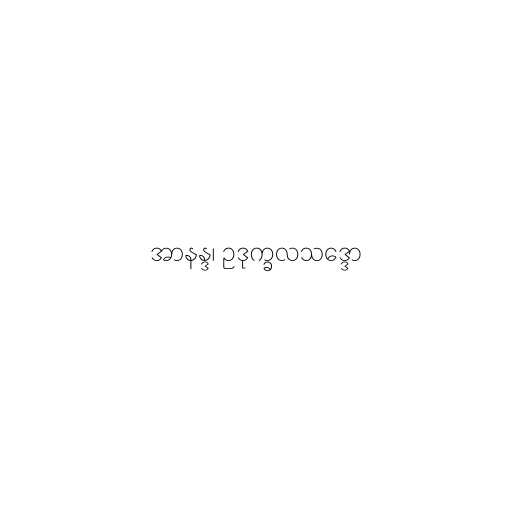
အာနန္ဒ၊ ဥဒုက္ခလသဒ္ဒော